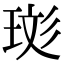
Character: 珳